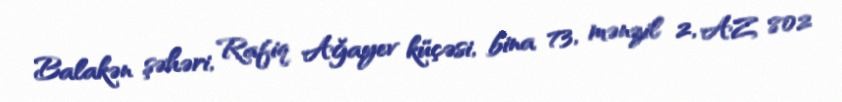
Balakən şəhəri, Rafiq Ağayev küçəsi, bina 73, mənzil 2, AZ 802